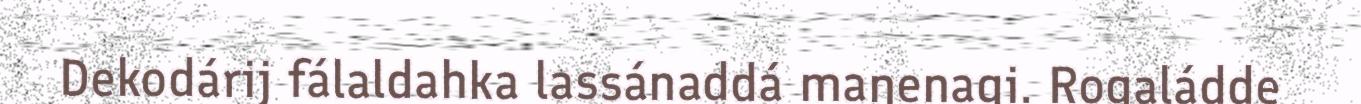
Dekodárij fálaldahka lassánaddá maŋenagi. Rogaládde